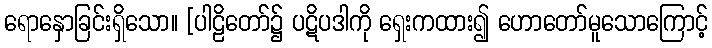
ရောနှောခြင်းရှိသော။ [ပါဠိတော်၌ ပဋိပဒါကို ရှေးကထား၍ ဟောတော်မူသောကြောင့်